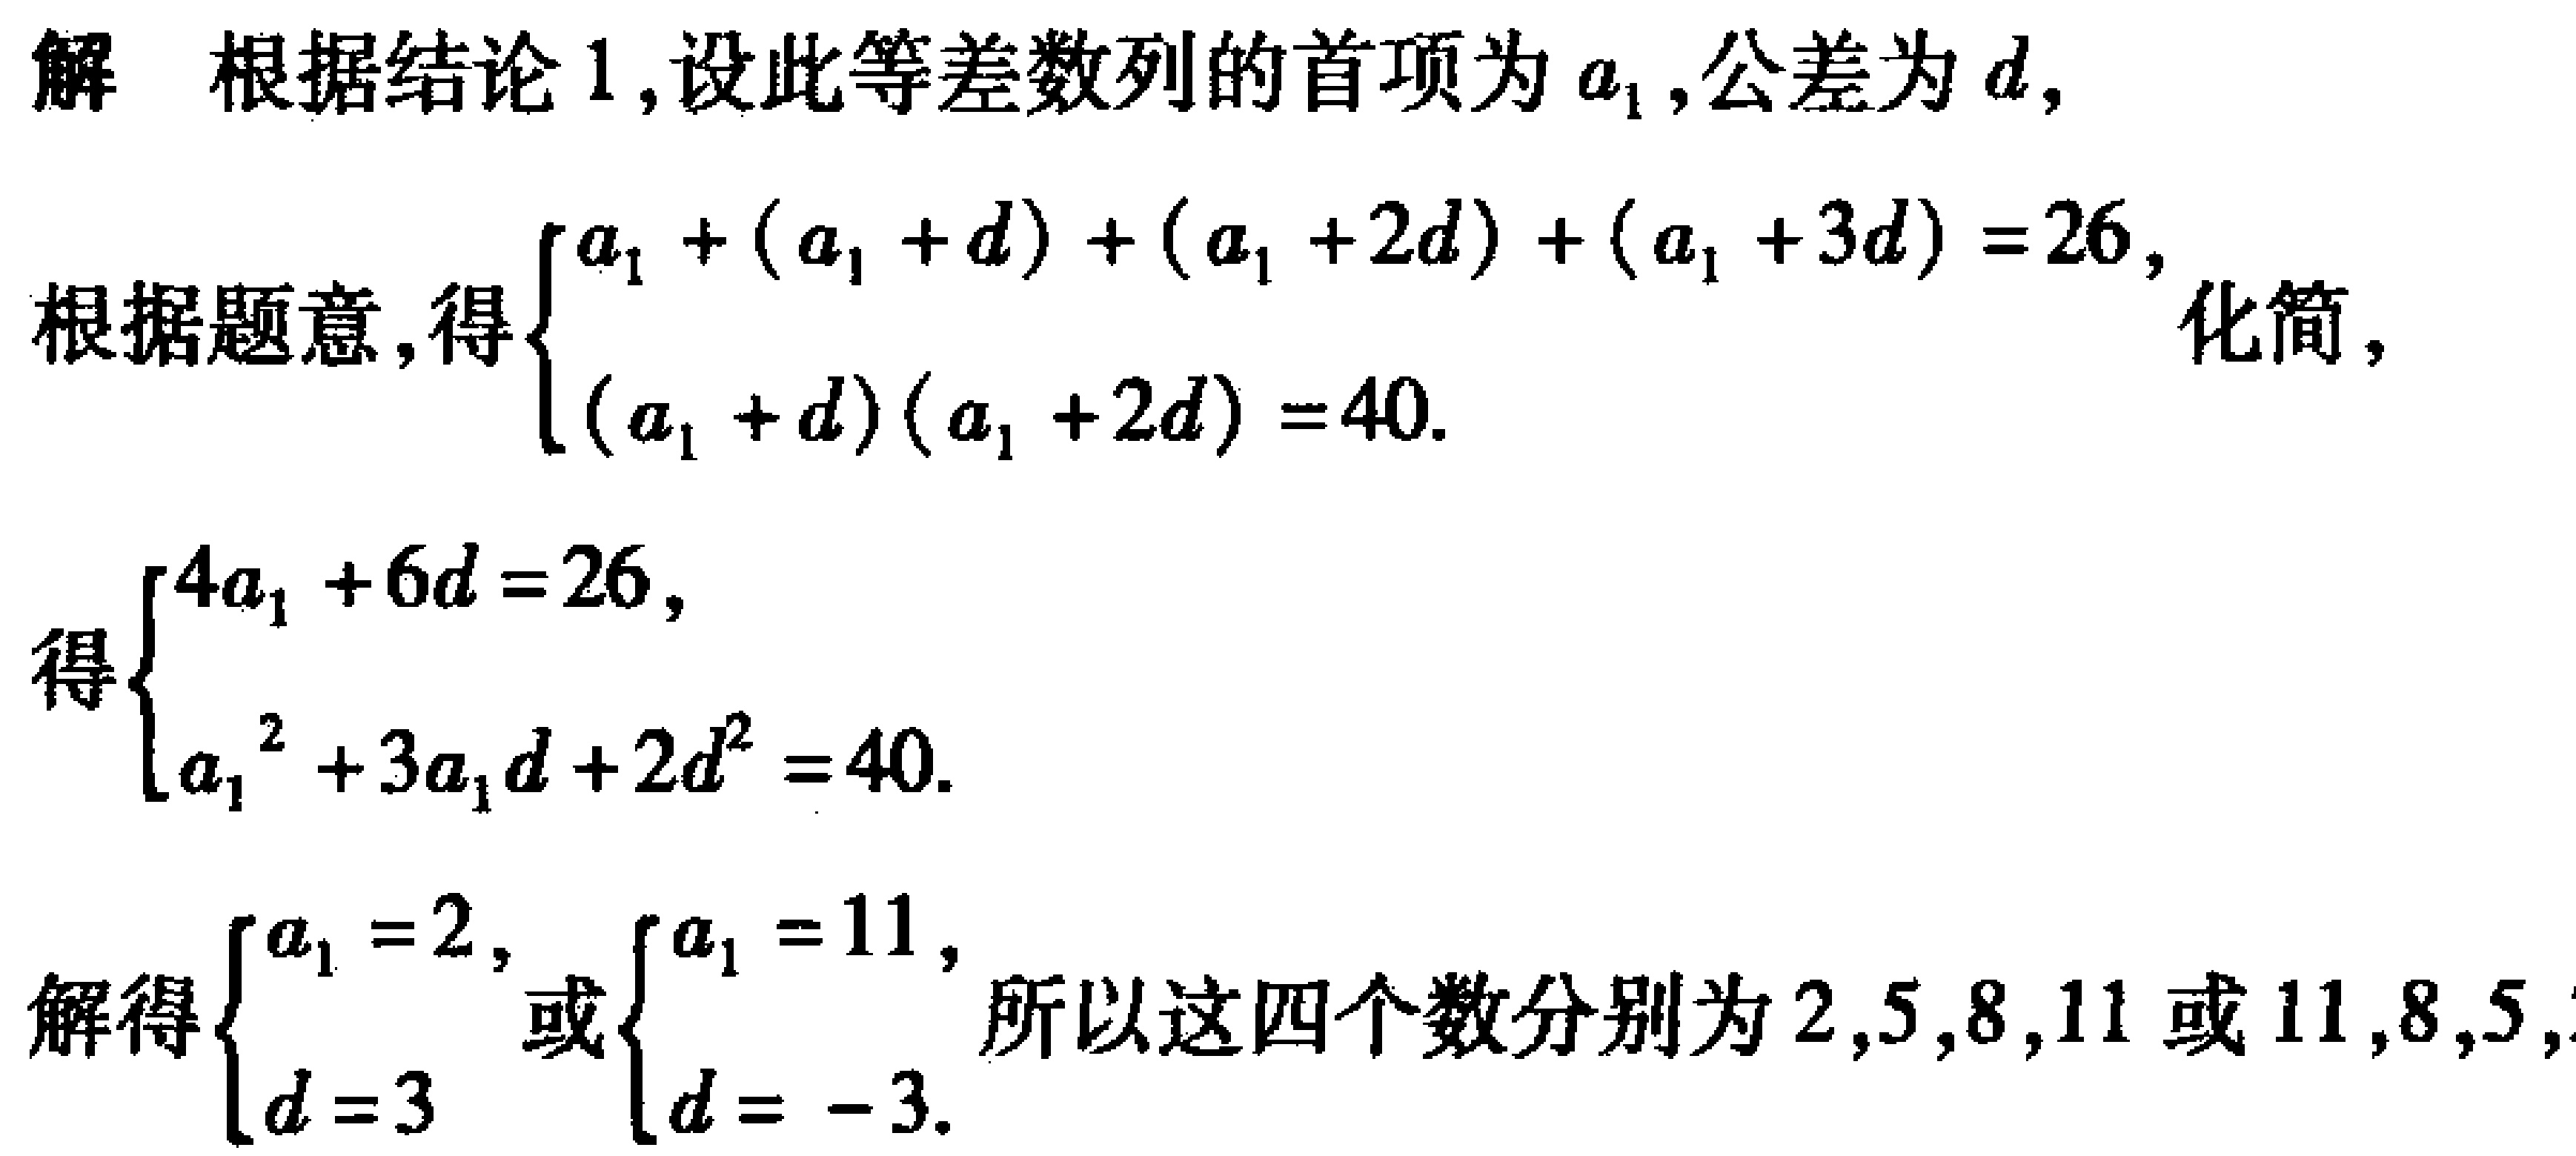
解 根据结论 1,设此等差数列的首项为\(a_{1}\),公差为\(d\),
根据题意,得\(\begin{cases}a_{1}+(a_{1}+d)+(a_{1}+2d)+(a_{1}+3d)=26,\\(a_{1}+d)(a_{1}+2d)=40.\end{cases}\)化简,
得\(\begin{cases}4a_{1}+6d = 26,\\a_{1}^{2}+3a_{1}d + 2d^{2}=40.\end{cases}\)
解得\(\begin{cases}a_{1}=2,\\d = 3\end{cases}\)或\(\begin{cases}a_{1}=11,\\d=-3.\end{cases}\)所以这四个数分别为\(2,5,8,11\)或\(11,8,5,\)